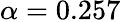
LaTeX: \alpha=0.257